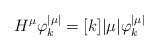
LaTeX: \begin{align*}H^\mu \varphi_k^{|\mu|} = [k] |\mu| \varphi_k^{|\mu|}\end{align*}